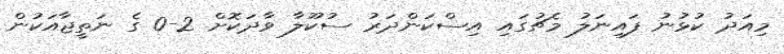
މިއަދު ކުޅުނު ފައިނަލު މެޗުގައި އިސްކަންދަރު ސުކޫލާ ވާދަކޮށް 2-0 ގެ ނަތީޖާއަކުން